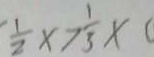
\frac { 1 } { 2 } x > \frac { 1 } { 3 } x (